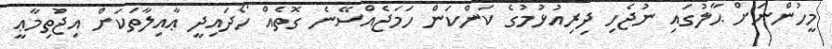
މީހުންނަށް ޙާލުގައި ނުޖެހި ދިރިއުޅުމުގެ ކަންކަން ހަމަޖެއްސޭނެ ގޮތެއް ހޯދައިދީ ޢާއިލާތަކަށް އިޖުތިމާޢީ